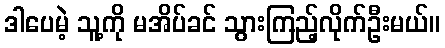
ဒါပေမဲ့ သူ့ကို မအိပ်ခင် သွားကြည့်လိုက်ဦးမယ်။